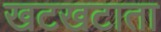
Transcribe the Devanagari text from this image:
खटखटाता